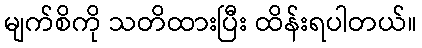
မျက်စိကို သတိထားပြီး ထိန်းရပါတယ်။